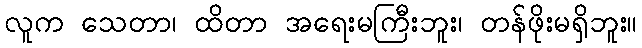
လူက သေတာ၊ ထိတာ အရေးမကြီးဘူး၊ တန်ဖိုးမရှိဘူး။